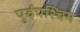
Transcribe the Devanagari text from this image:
पुर्वपश्चिम